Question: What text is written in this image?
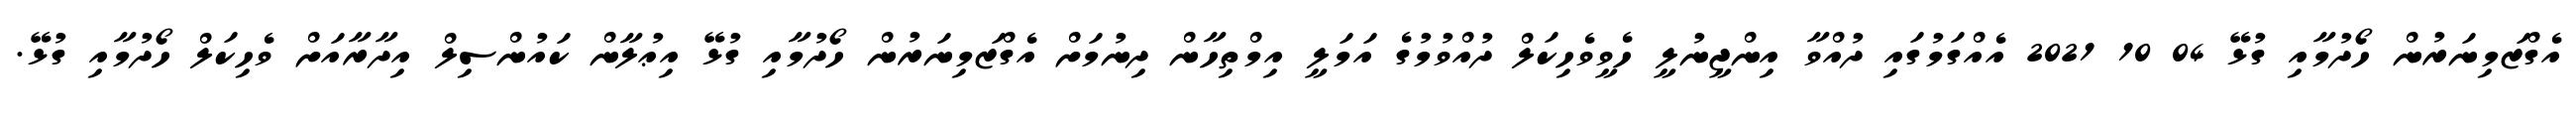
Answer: އެގްޒަމިނަރުން ހޯދުމާއި ގުޅޭ 04 10 2021 އެއްގަމުގައި ދުއްވާ އިންޖީނުލީ ހެވީވެހިކަލް ދުއްވުމުގެ އަމަލީ އިމްތިހާން ދިނުމަށް އެގްޒަމިނަރުން ހޯދުމާއި ގުޅޭ އިޢުލާން ކައުންސިލް އިދާރާއަށް ވެހިކަލް ހޯދުމާއި ގުޅޭ.